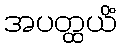
အပတ္ထယိံ